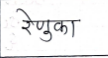
मजकूर: रेणुका